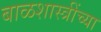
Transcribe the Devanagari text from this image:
बाळशास्त्रींच्या